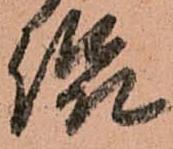
侃